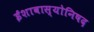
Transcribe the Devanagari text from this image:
ईशावास्योनिषद